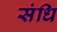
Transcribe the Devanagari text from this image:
संधि